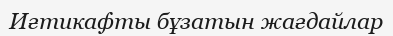
Иғтикафты бұзатын жағдайлар